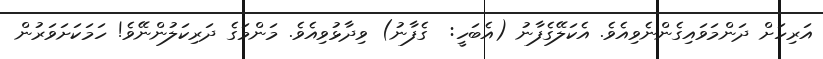
އަރިހަށް ދަންމަވައިގެންނެވިއެވެ. އެކަލޭގެފާނު (އެބަހީ:  ގެފާނު) ވިދާޅުވިއެވެ. މަންމަގެ ދަރިކަލުންނޭވެ! ހަމަކަށަވަރުން